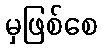
မှဖြစ်စေ